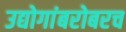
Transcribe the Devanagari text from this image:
उद्योगांबरोबरच